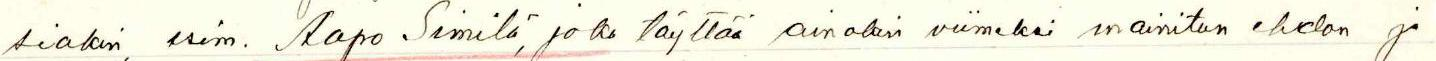
siakin, esim. Aapo Similä, joka täyttää ainakin viimeksi mainitun ehdon ja